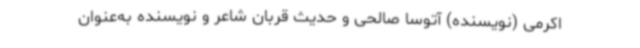
اکرمی (نویسنده) آتوسا صالحی و حدیث قربان شاعر و نویسنده به‌عنوان